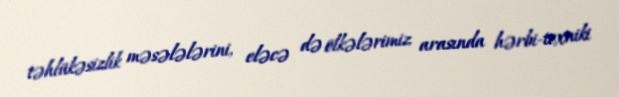
təhlükəsizlik məsələlərini, eləcə də ölkələrimiz arasında hərbi-texniki